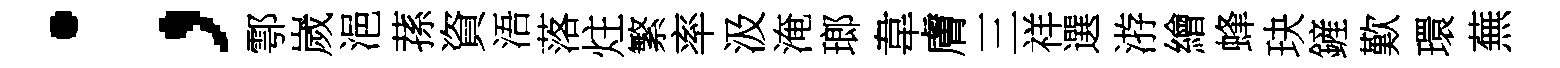
；鄠嵗浥蓀資浯落炷繁率汲淹瑯韋膚三祥選㳺繪蜂玦鏟歎環蕪